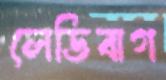
লেডিবাগ